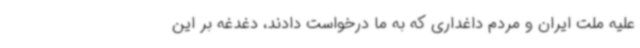
علیه ملت ایران و مردم داغداری که به ما درخواست دادند، دغدغه بر این